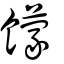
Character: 饛